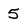
Character: 5